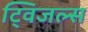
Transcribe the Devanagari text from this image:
ट्विजल्स